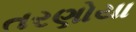
તરણોયા